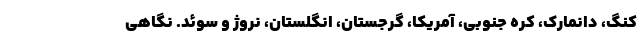
کنگ، دانمارک، کره جنوبی، آمریکا، گرجستان، انگلستان، نروژ و سوئد. نگاهی